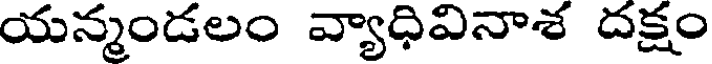
యన్మండలం వ్యాధివినాశ దక్షం